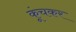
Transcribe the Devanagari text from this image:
कूंचकर